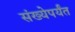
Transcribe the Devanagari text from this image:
संख्येपर्यंत